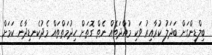
ބިލްޑިންގަށް ބަދަލު ކުރާއިރު ވަކި މުއްދަތެއް ނެތް ގޮތަށް ހިދުމަތްތައް މެދުކެނޑިދާނެ ކަމަށް